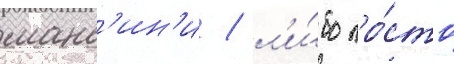
манс'ин'и / л'и́бо про́сто